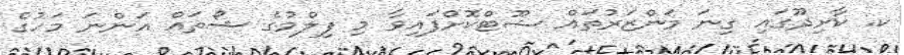
ކ. ކާށިދޫގައި ގިނަ މަންޒަރުތައް ޝޫޓްކޮށްފައިވާ މި ފިލްމުގެ ޝޯތައް އަންނަ މަހުގެ